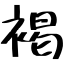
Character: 褐